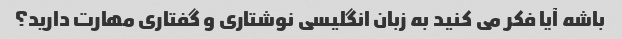
باشه آیا فکر می کنید به زبان انگلیسی نوشتاری و گفتاری مهارت دارید؟